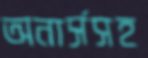
অনার্সসহ